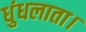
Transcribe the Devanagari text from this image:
धुंधलाता।